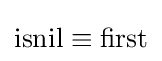
\operatorname {isnil} \equiv \operatorname {first}